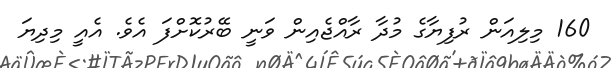
160 މިލިއަން ރުފިޔާގެ މުދާ ރާއްޖެއިން ވަނީ ބޭރުކޮށްފަ އެވެ. އެއީ މިދިޔަ